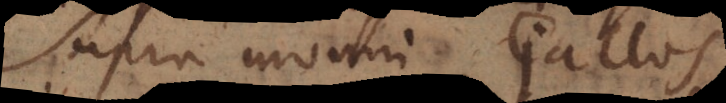
Supra monui Gallos